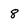
Character: 8